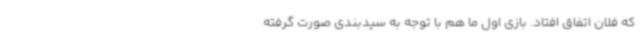
که فلان اتفاق افتاد. بازی اول ما هم با توجه به سیدبندی صورت‌ گرفته